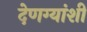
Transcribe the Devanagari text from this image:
देणग्यांशी